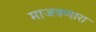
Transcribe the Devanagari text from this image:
माजवणारा